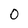
Character: 0